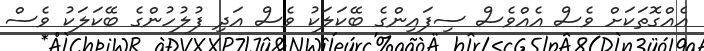
އެއްގޮތަކަށް ވެސް އެއްވެސް ސިފައިންގެ ބޭކަލަކު ވެސް އަދި ފުލުހުންގެ ބޭކަލަކު ވެސް